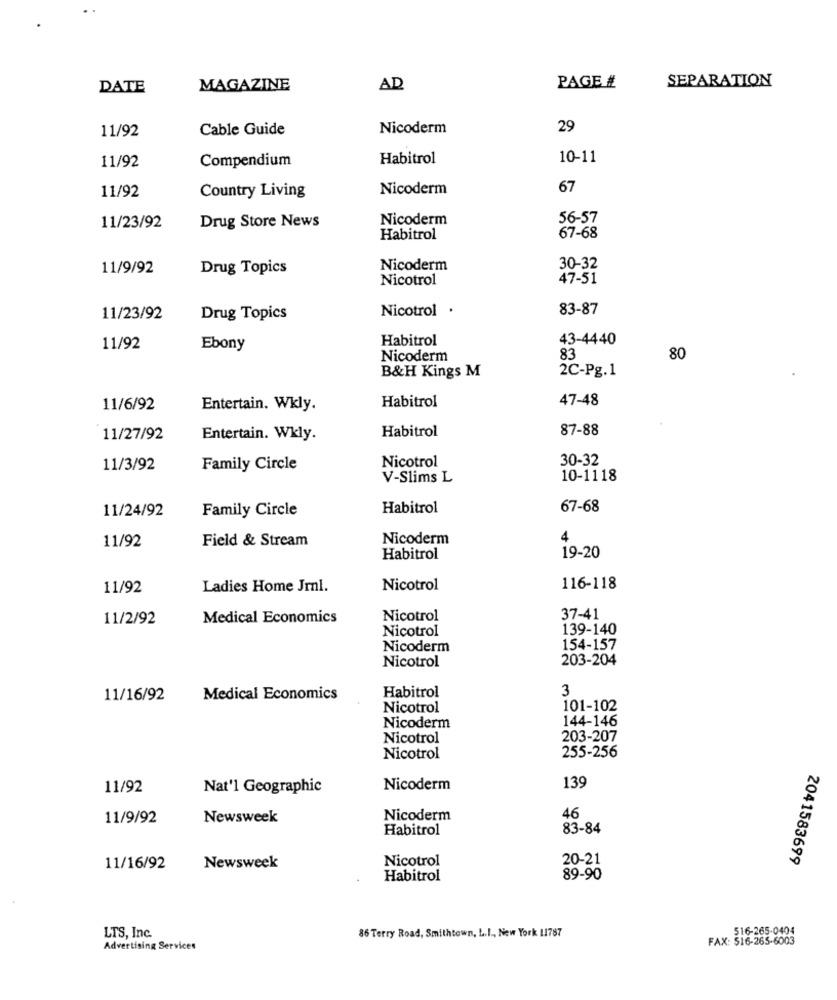
SEPARATION
DATE
MAGAZINE
AD
PAGE #
11/92
Cable Guide
Nicoderm
29
Compendium
Habitrol
10-11
11/92
11/92
Nicoderm
67
Country Living
Drug Store News
Nicoderm
56-57
11/23/92
Habitrol
67-68
11/9/92
Drug Topics
Nicoderm
30-32
Nicotrol
47-51
Nicotrol .
83-87
11/23/92
Drug Topics
Habitrol
43-4440
11/92
Ebony
Nicoderm
83
80
B&H Kings M
2C-Pg.1
Habitrol
47-48
11/6/92
Entertain. Wkly.
Habitrol
87-88
11/27/92
Entertain. Wkly.
Nicotrol
30-32
11/3/92
Family Circle
V-Slims L
10-1118
11/24/92
Family Circle
Habitrol
67-68
11/92
Field & Stream
Nicoderm
4
Habitrol
19-20
11/92
Ladies Home Jml.
Nicotrol
116-118
11/2/92
Medical Economics
Nicotrol
37-41
Nicotrol
139-140
Nicoderm
154-157
203-204
Nicotrol
3
11/16/92
Medical Economics
Habitrol
Nicotrol
101-102
144-146
Nicoderm
Nicotrol
203-207
255-256
Nicotrol
139
11/92
Nat'l Geographic
Nicoderm
11/9/92
Newsweek
Nicoderm
46
Habitrol
83-84
Nicotrol
2041583699
11/16/92
Newsweek
20-21
Habitrol
89-90
LTS, Inc.
516-265-0404
86 Terry Road, Smithtown, L.I ., New York 11787
FAX: 516-265-6003
Advertising Services